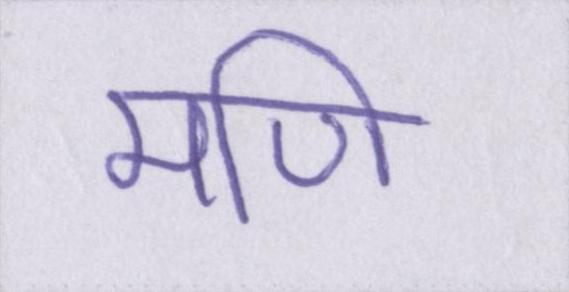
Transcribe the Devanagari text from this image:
मणि